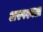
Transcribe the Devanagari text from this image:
अस्पश्यता